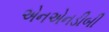
એનએનડીબી